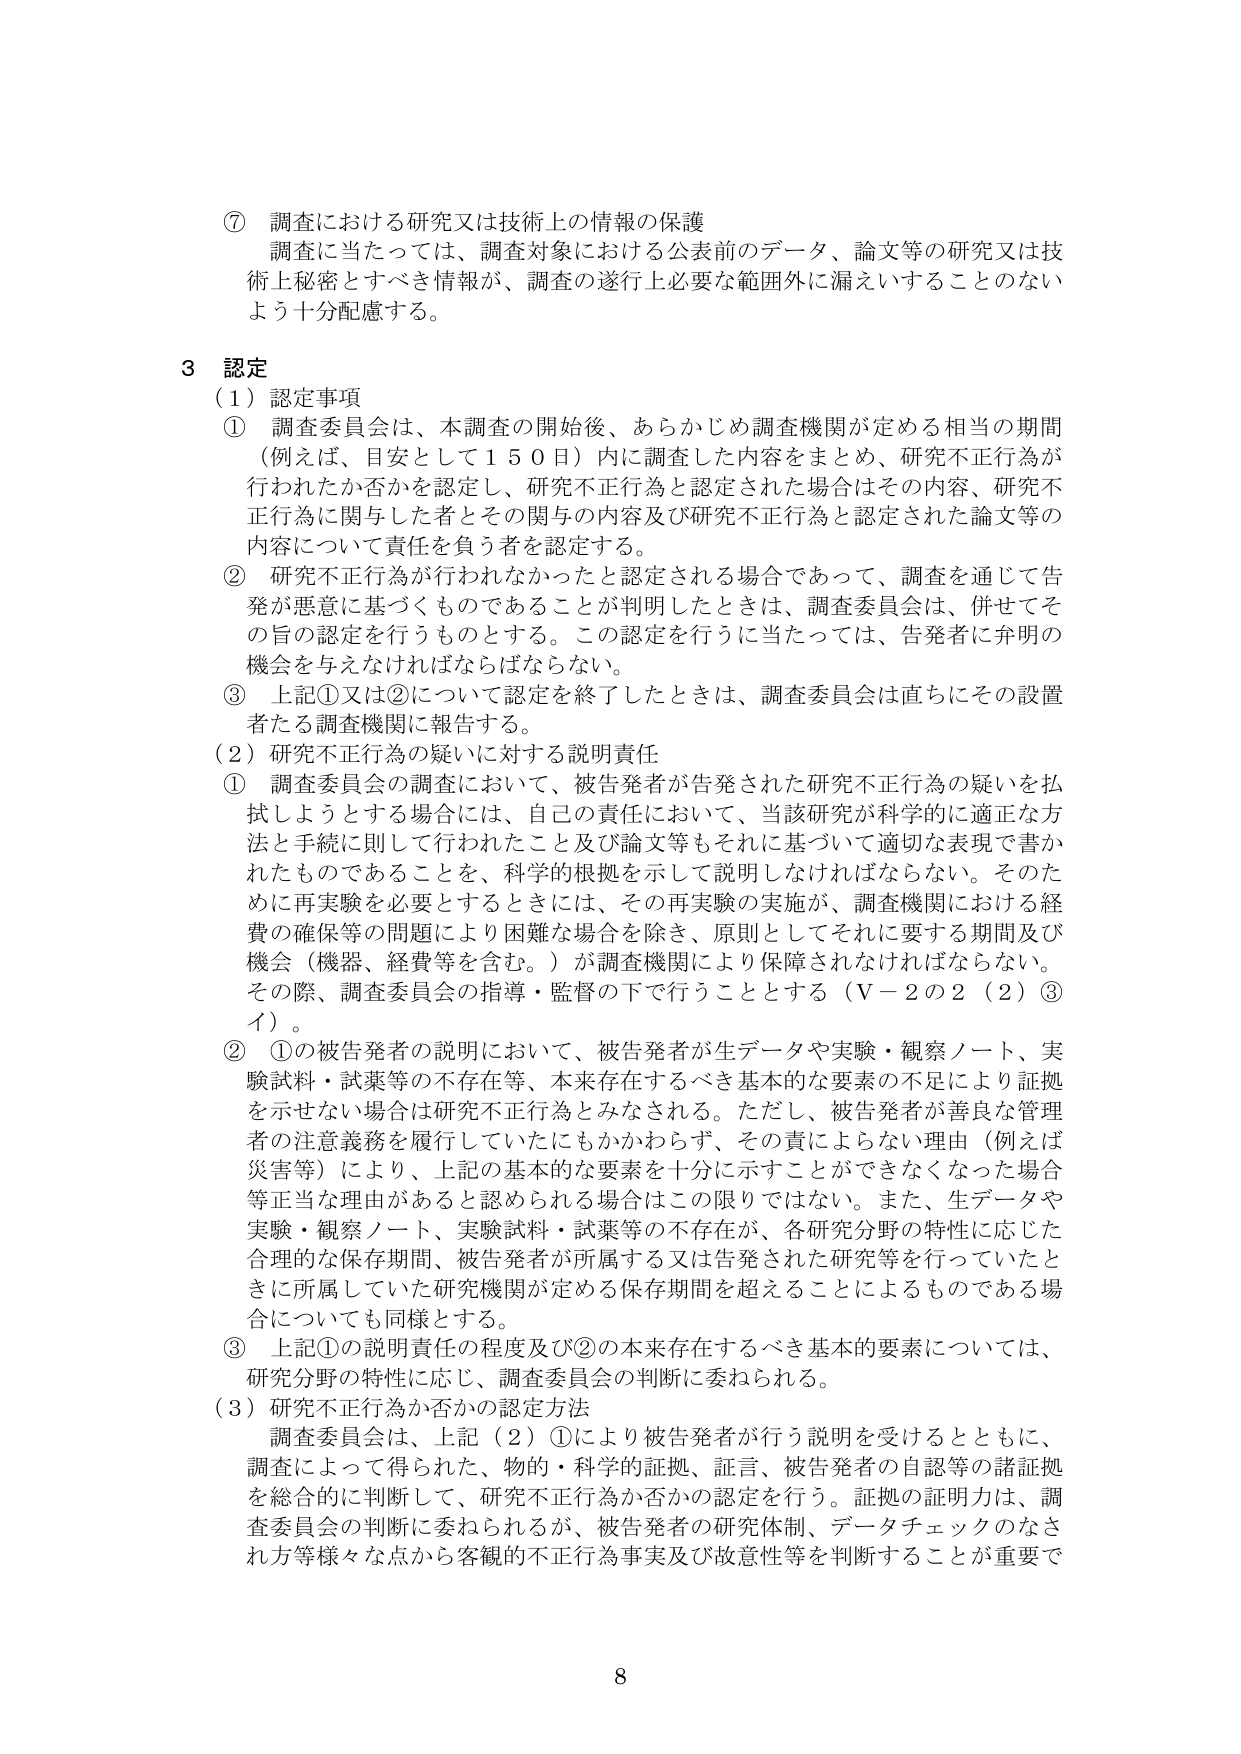
⑦ 調査における研究又は技術上の情報の保護
調査に当たっては、調査対象における公表前のデータ、論文等の研究又は技術上秘密とすべき情報が、調査の遂行上必要な範囲外に漏えいすることのないよう十分配慮する。

3 認定
（1）認定事項
① 調査委員会は、本調査の開始後、あらかじめ調査機関が定める相当の期間（例えば、目安として150日）内に調査した内容をまとめ、研究不正行為が行われたか否かを認定し、研究不正行為と認定された場合はその内容、研究不正行為に関与した者とその関与の内容及び研究不正行為と認定された論文等の内容について責任を負う者を認定する。
② 研究不正行為が行われなかったと認定される場合であって、調査を通じて告発が悪意に基づくものであることが判明したときは、調査委員会は、併せてその旨の認定を行うものとする。この認定を行うに当たっては、告発者に弁明の機会を与えなければならない。
③ 上記①又は②について認定を終了したときは、調査委員会は直ちにその設置者たる調査機関に報告する。

（2）研究不正行為の疑いに対する説明責任
① 調査委員会の調査において、被告発者が告発された研究不正行為の疑いを払拭しようとする場合には、自己の責任において、当該研究が科学的に適正な方法と手続に則して行われたこと及び論文等もそれに基づいて適切な表現で書かれたものであることを、科学的根拠を示して説明しなければならない。そのため再実験を必要とするときには、その再実験の実施が、調査機関における経費の確保等の問題により困難な場合を除き、原則としてそれに要する期間及び機会（機器、経費等を含む。）が調査機関により保障されなければならない。その際、調査委員会の指導・監督の下で行うこととする（V－2の2（2）③イ）。
② ①の被告発者の説明において、被告発者が生データや実験・観察ノート、実験試料・試薬等の不存在等、本来存在するべき基本的な要素の不足により証拠を示せない場合は研究不正行為とみなされる。ただし、被告発者が善良な管理者の注意義務を履行していたにもかかわらず、その責によらない理由（例えば災害等）により、上記の基本的な要素を十分に示すことができなくなった場合等正当な理由があると認められる場合はこの限りではない。また、生データや実験・観察ノート、実験試料・試薬等の不存在が、各研究分野の特性に応じた合理的な保存期間、被告発者が所属する又は告発された研究等を行っていたときに所属していた研究機関が定める保存期間を超えることによるものである場合についても同様とする。
③ 上記①の説明責任の程度及び②の本来存在するべき基本的要素については、研究分野の特性に応じ、調査委員会の判断に委ねられる。

（3）研究不正行為か否かの認定方法
調査委員会は、上記（2）①により被告発者が行う説明を受けるとともに、調査によって得られた、物的・科学的証拠、証言、被告発者の自認等の諸証拠を総合的に判断して、研究不正行為か否かの認定を行う。証拠の証明力は、調査委員会の判断に委ねられるが、被告発者の研究体制、データチェックのなされ方等様々な点から客観的不正行為事実及び故意性等を判断することが重要である。

8